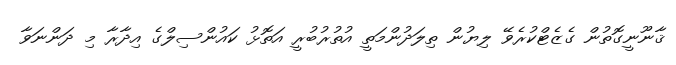
ޤާނޫނީގޮތުން ގެޒެޓްކުރެވޭ ލިޔުން ތިލަދުންމަތީ އުތުރުބުރީ އަތޮޅު ކައުންސިލްގެ އިދާރާ މި ދަންނަވާ